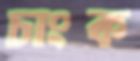
চাংক